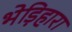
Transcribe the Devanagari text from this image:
भेड़िहारा